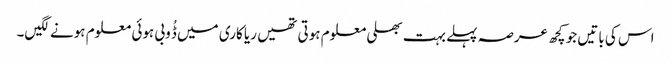
اس کی باتیں جو کچھ عرصہ پہلے بہت بھلی معلوم ہوتی تھیں ریا کاری میں ڈُوبی ہوئی معلوم ہونے لگیں۔